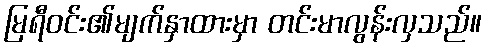
မြရီဝင်း၏မျက်နှာထားမှာ တင်းမာလွန်းလှသည်။